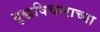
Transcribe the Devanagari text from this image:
बुद्धविचाराच्या